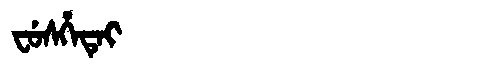
Manchu: ᠸᡠᠰᡥᡝᡨᡝᡳ
Romanization: FUSHETEI